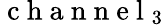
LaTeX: \mathrm{~c~h~a~n~n~e~l~}_{3}